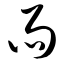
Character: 雨